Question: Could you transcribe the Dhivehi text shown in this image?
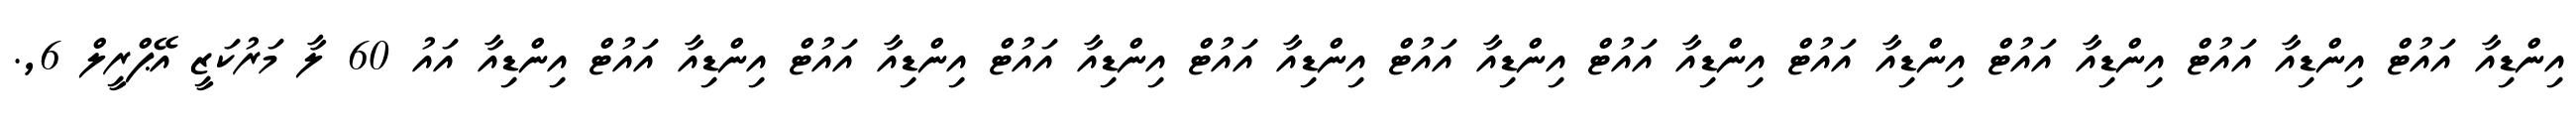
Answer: އިންޑިއާ އައުޓް އިންޑިއާ އައުޓް އިންޑިއާ އައުޓް އިންޑިއާ އައުޓް އިންޑިއާ އައުޓް އިންޑިއާ އައުޓް އިންޑިއާ އައުޓް އިންޑިއާ އައުޓް އިންޑިއާ އައުޓް އިންޑިއާ އައުޓް އިންޑިއާ އައު 60 ލާ މަރުކަޒީ އޭޕްރީލް 6,.